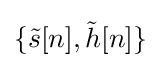
\{{\tilde {s}}[n],{\tilde {h}}[n]\}